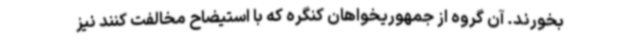
بخورند. آن گروه از جمهوریخواهان کنگره که با استیضاح مخالفت کنند نیز